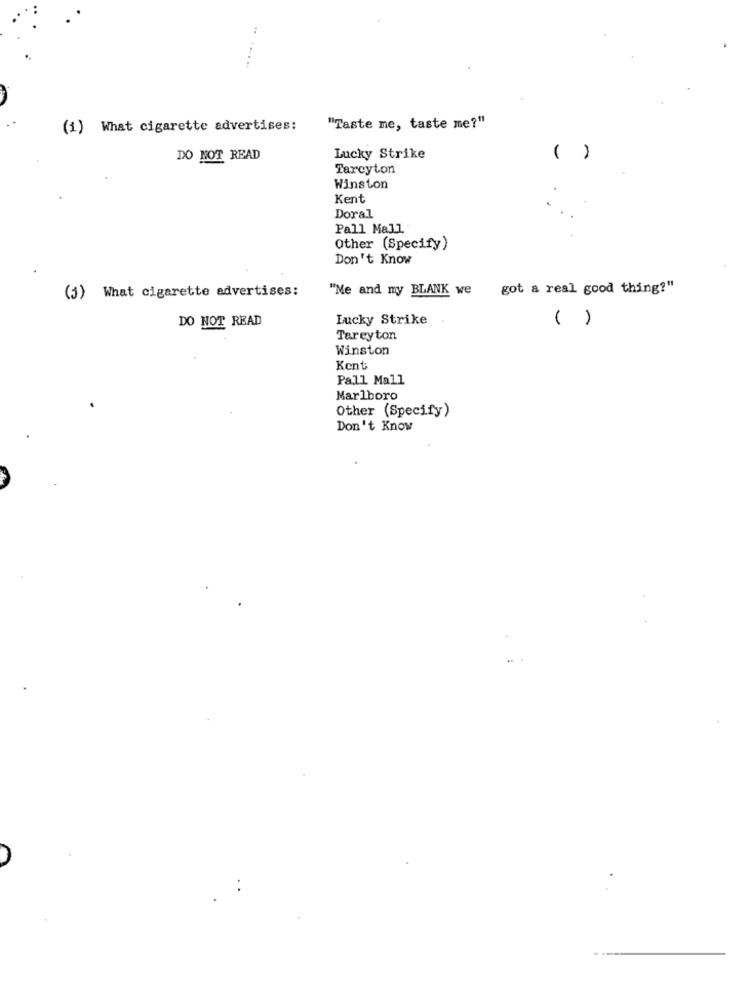
(1) What cigarette advertises:
"Taste me, taste me?"
DO NOT READ
Lucky Strike
( )
Tarcyton
Winston
Kent
Doral
Pall Mall
Other (Specify)
Don't Know
"Me and my BLANK we
got a real good thing?"
(5) What cigarette advertises:
DO NOT READ
Lucky Strike
( )
Tareyton
Winston
Kent
Pall Mall
Marlboro
Other (Specify)
Don't Know